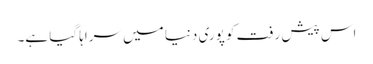
اس پیش رفت کو پوری دنیا میں سراہا گیا ہے۔